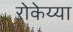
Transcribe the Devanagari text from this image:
रोकेय्या